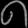
Digit: ၈